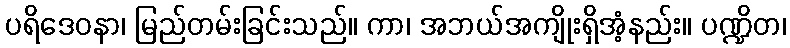
ပရိဒေဝနာ၊ မြည်တမ်းခြင်းသည်။ ကာ၊ အဘယ်အကျိုးရှိအံ့နည်း။ ပဏ္ဍိတ၊